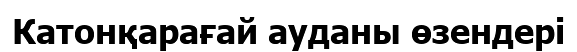
Катонқарағай ауданы өзендері